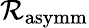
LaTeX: \mathcal{R}_{\mathrm{asymm}}